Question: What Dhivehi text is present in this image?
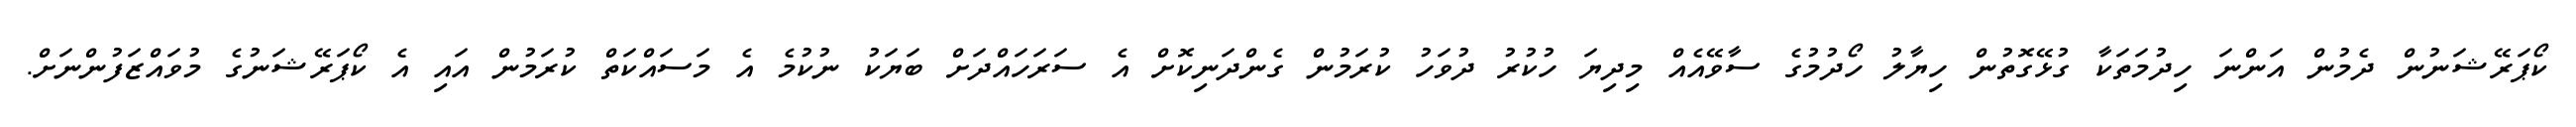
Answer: ކޯޕަރޭޝަނުން ދެމުން އަންނަ ހިދުމަތަކާ ގުޅޭގޮތުން ހިޔާލު ހޯދުމުގެ ސާވޭއެއް މިދިޔަ ހުކުރު ދުވަހު ކުރަމުން ގެންދަނިކޮށް އެ ސަރަހައްދަށް ބަޔަކު ނުކުމެ އެ މަސައްކަތް ކުރަމުން އައި އެ ކޯޕަރޭޝަނުގެ މުވައްޒަފުންނަށް.